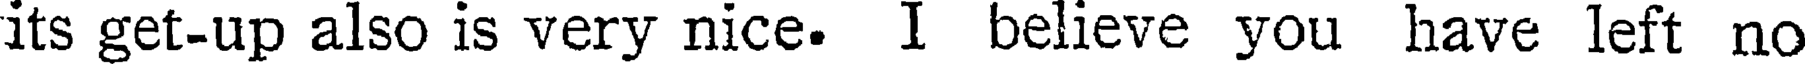
its get-up also is very nice. I believe you have left no